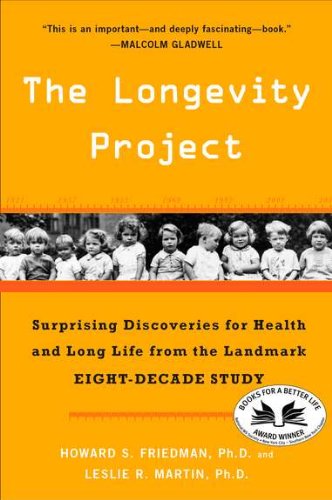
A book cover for The Longevity Project: Surprising Discoveries for Health and Long Life from the Landmark Eight-Decade S tudy; Howard S. Friedman; Medical Books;